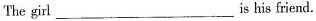
The girl___is his friend。